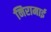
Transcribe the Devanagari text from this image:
निरामाई